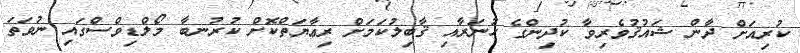
ކުރިއަށް ދާން ޝައުޤުވެރިވާ ކުދިންގެ ހުނަރާއި ޤާބިލުކަމަށް ރިޢާޔަތްކޮށް ކުރުނބާ މޯލްޑިވްސްގައި ނުވަތަ